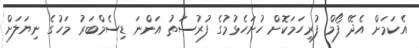
އެކަމަށް އެދޭ ފޯމް ފުރިހަމަކޮށް ހުށަހެޅުމުގެ ފުރުސަތު އަންނަ ޑިސެމްބަރު މަހުގެ ނިޔަލަށް